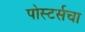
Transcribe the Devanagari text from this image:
पोस्टर्सचा